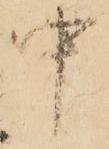
中